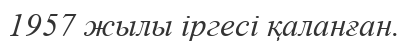
1957 жылы іргесі қаланған.